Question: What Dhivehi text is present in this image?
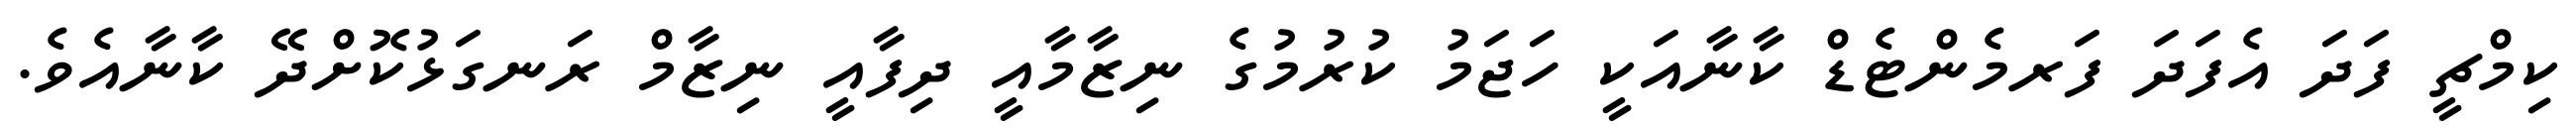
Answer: ކިމްޗީ ފަދަ އެފަދަ ފަރމެންޓެޑް ކާނާއަކީ ހަޖަމު ކުރުމުގެ ނިޒާމާއީ ދިފާއީ ނިޒާމް ރަނގަޅުކޮށްދޭ ކާނާއެވެ.